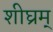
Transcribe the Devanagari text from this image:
शीघ्रम्